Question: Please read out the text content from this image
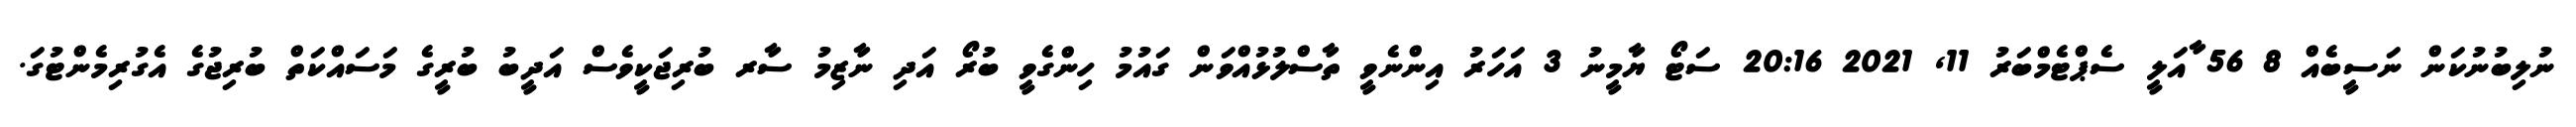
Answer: ނުލިބުނުކަން ނަސީބެއް 8 56 ާއަލީ ސެޕްޓެމްބަރު 11, 2021 20:16 ސަޓޯ ޔާމީނު 3 އަހަރު އިންނެވީ ތާސްލުޅުއްވަން ގައުމު ހިންގެވީ ބުރޯ އަދި ނާޒިމު ސާރ ބުރިޖަކީވެސް އަދީބު ބުރީގެ މަސައްކަތް ބުރިޖުގެ އެގުރިމެންޓުގަ.